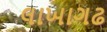
લાખાગઢ